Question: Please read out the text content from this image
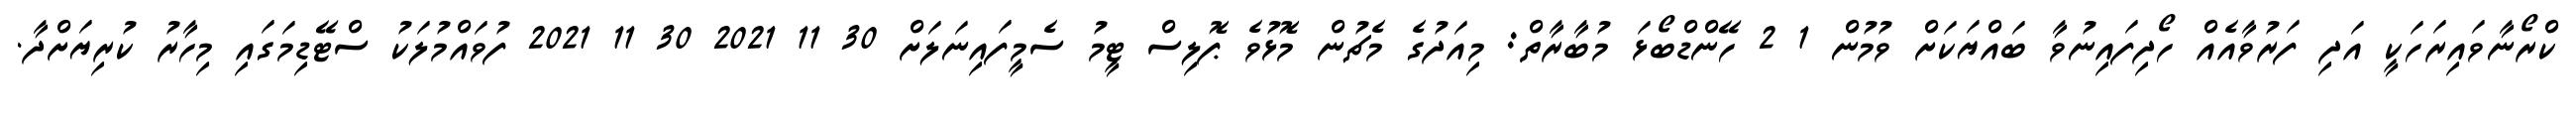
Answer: ކްރޯނާވައިރަހަކީ އަދި ފަރުވާއެއް ހޯދިފައިނުވާ ބައްޔަކަށް ވުމުން 1 2 ހޭންޑްބޯޅަ މުބާރާތް: މިއަދުގެ މެޗުން މޮޅުވެ ޕޮލިސް ޓީމު ސެމީފައިނަލަށް 30 11 2021 30 11 2021 ފުވައްމުލަކު ސްޓޭޑިމަގައި މިހާރު ކުރިޔަށްދާ.